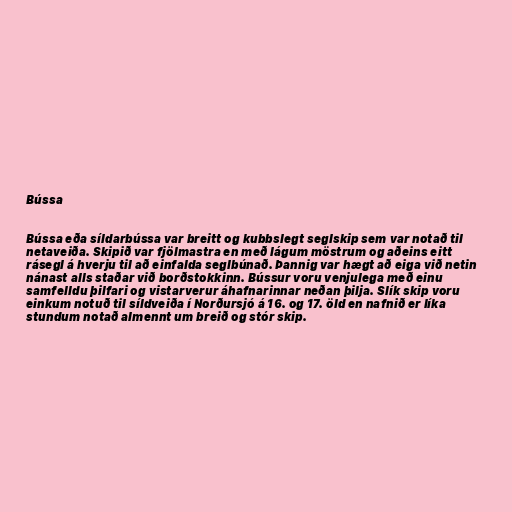
Bússa

Bússa eða síldarbússa var breitt og kubbslegt seglskip sem var notað til
netaveiða. Skipið var fjölmastra en með lágum möstrum og aðeins eitt
rásegl á hverju til að einfalda seglbúnað. Þannig var hægt að eiga við netin
nánast alls staðar við borðstokkinn. Bússur voru venjulega með einu
samfelldu þilfari og vistarverur áhafnarinnar neðan þilja. Slík skip voru
einkum notuð til síldveiða í Norðursjó á 16. og 17. öld en nafnið er líka
stundum notað almennt um breið og stór skip.